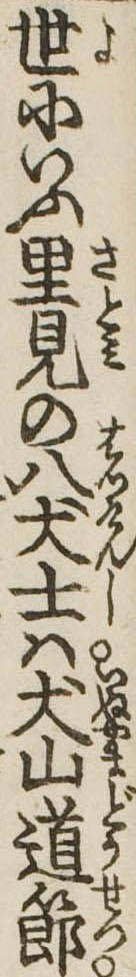
世にいふ里見の八犬士は犬山道節